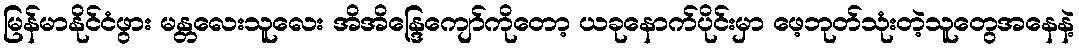
မြန်မာနိုင်ငံဖွား မန္တလေးသူလေး အိအိန္ဒြေကျော်ကိုတော့ ယခုနောက်ပိုင်းမှာ ဖေ့ဘုတ်သုံးတဲ့သူတွေအနေနဲ့